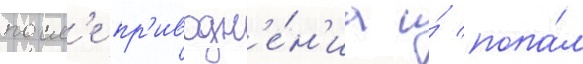
посл'е пр'иводн'е́н'иа и́ попа́л